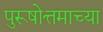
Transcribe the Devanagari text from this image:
पुरूषोत्तमाच्या